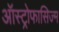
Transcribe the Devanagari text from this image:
ऑस्ट्रोफासिज्म